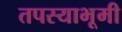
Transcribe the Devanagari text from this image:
तपस्याभूमी